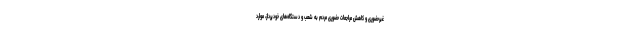
غیرحضوری و کاهش مراجعات حضوری مردم به شعب و دستگاه‌های خودپرداز، موارد